Lock hospitals Punjab
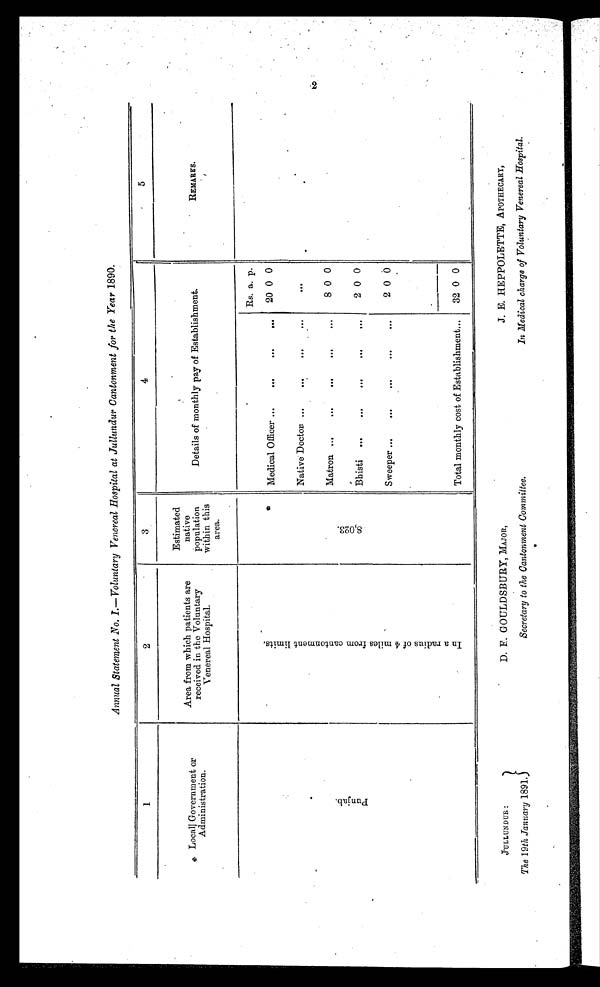
JULLUNDUR :
The 19th January 1891.
D. F. GOULDSBURY, MAJOR,
Secretary to the Cantonment Committee.
J. E. HEPPOLETTE, APOTHECARY,
In Medical charge of Voluntary Venereal Hospital.
Annual Statement No. 1.—Voluntary Venereal Hospital at Jullundur Cantonment for the Year 1890.
1
2
3
4
5
Local Government or
Administration.
Area from which patients are
received in the Voluntary
Venereal Hospital.
Estimated
native
population
within this
area.
Details of monthly pay of Establishment.
REMARKS.
P u n j a b .
I n a r a d i u s o f 4 m i l e s f r o m c a n t o n m e n t l i m i t s
.
8 , 0 2 3 .
Medical Officer . . .
...
. . .
. . .
Rs.
20
a.
0
p.
0
Native Doctor . . .
. . .
. . .
. . .
. . .
Matron ...
. . .
...
...
...
8 0 0
Bhisti ...
. . .
...
. . .
...
2 0 0
Sweeper ...
...
. . .
. . .
...
2 0 0
Total monthly cost of Establishment...
32 0 0